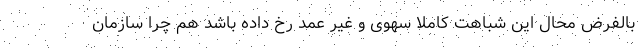
بالفرض محال این شباهت کاملا سهوی و غیر عمد رخ داده باشد هم چرا سازمان